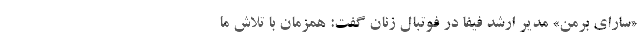
«سارای بِرمن» مدیر ارشد فیفا در فوتبال زنان گفت: همزمان با تلاش ما